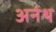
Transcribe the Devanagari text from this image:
अनंथ